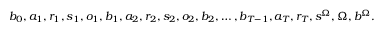
b _ { 0 } , a _ { 1 } , r _ { 1 } , s _ { 1 } , o _ { 1 } , b _ { 1 } , a _ { 2 } , r _ { 2 } , s _ { 2 } , o _ { 2 } , b _ { 2 } , \dots , b _ { T - 1 } , a _ { T } , r _ { T } , s ^ { \Omega } , \Omega , b ^ { \Omega } .